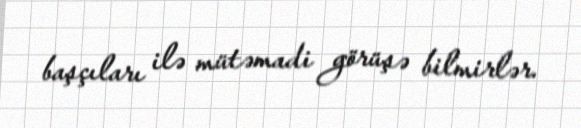
başçıları ilə mütəmadi görüşə bilmirlər.